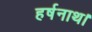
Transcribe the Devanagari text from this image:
हर्षनाथ।